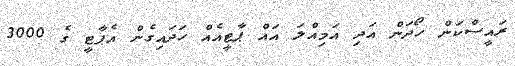
ރައީސްކަން ހޯދަން އަދި އަމިއްލަ އައް ޕާޓީއެއް ހަދައިގެން އެޕާޓީ ގެ 3000